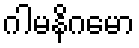
ဂါမနိဂမော